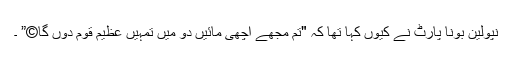
نپولین بونا پارٹ نے کیوں کہا تھا کہ "تم مجھے اچھی مائیں دو میں تمہیں عظیم قوم دوں گا©” ۔